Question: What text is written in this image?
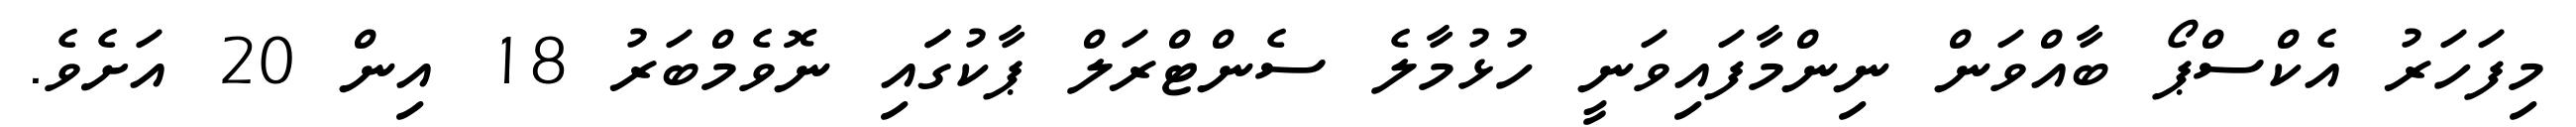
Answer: މިފަހަރު އެކްސްޕޯ ބާއްވަން ނިންމާފައިވަނީ ހުޅުމާލެ ސެންޓްރަލް ޕާކުގަައި ނޮވެމްބަރު 18 އިން 20 އަށެވެ.